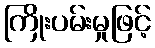
ကြိုးပမ်းမှုဖြင့်